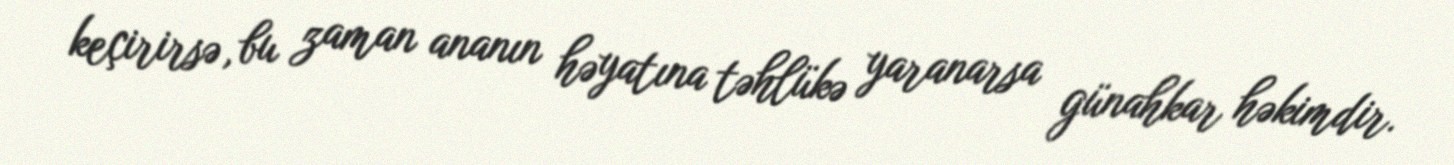
keçirirsə, bu zaman ananın həyatına təhlükə yaranarsa günahkar həkimdir.